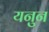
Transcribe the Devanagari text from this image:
यनुन